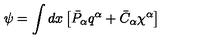
\psi = \int d x \left[ \bar { P } _ { \alpha } q ^ { \alpha } + \bar { C } _ { \alpha } \chi ^ { \alpha } \right]